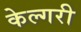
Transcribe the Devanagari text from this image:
केल्गरी